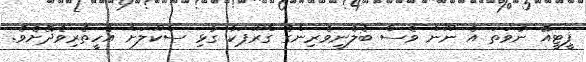
ޕީޓީއޭ ނުވަތަ އެ ނޫން ވެސް ބެލެނިވެރިންގެ ގްރޫޕަކާ ގުޅި ސްކޫލަށް އެހީތެރިވެދޭށެވެ.